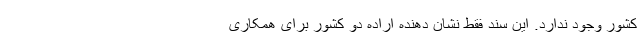
کشور وجود ندارد. این سند فقط نشان دهنده اراده دو کشور برای همکاری